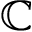
\mathbb { C }